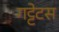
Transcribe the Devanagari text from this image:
गट्टेटस